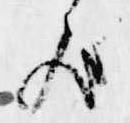
歟